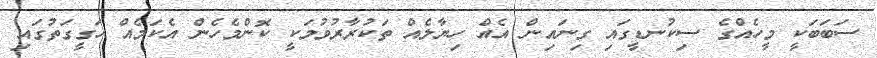
ސަބަބަކީ މީހެއްގެ ސިކުނޑީގައި ގިނައިން އެއް ހިޔާލެއް ތަކުރާރުވުމަކީ ކޮންމެހެން އެކަމެއް ހަގީގަތުގައި